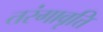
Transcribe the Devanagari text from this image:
तरंगावृत्ति